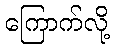
ကြောက်လို့